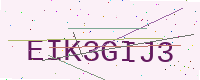
Text: EIK3GIJ3